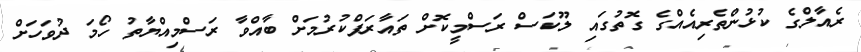
ރެއާލްގެ ކުޅުންތެރިއެއްގެ ގޮތުގައި ލޫކަސް ރަސްމީކޮށް ތައާރަފްކުރުމަށް ބާއްވާ ރަސްމިއްޔާތު ހޯމަ ދުވަހަށް